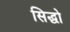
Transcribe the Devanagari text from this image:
सिद्धो